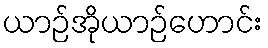
ယာဉ်အိုယာဉ်ဟောင်း